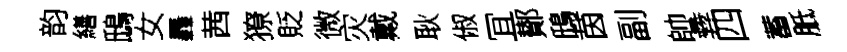
韵繕鴟女轟茜獠貶微灾戴耿俶冝鄼鴟茵副帥彜四蓄胝